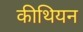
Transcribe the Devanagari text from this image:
कीथियन